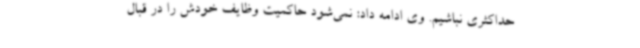
حداکثری نباشیم. وی ادامه داد: نمی‌شود حاکمیت وظایف خودش را در قبال